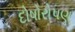
દોષોરોપણ